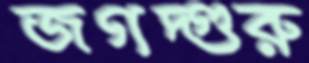
জগদ্গুরু